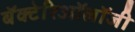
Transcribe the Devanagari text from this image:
बॅक्टेरिऑलॉजी